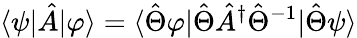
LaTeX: \langle\psi|\hat{A}|\varphi\rangle=\langle\hat{\Theta}\varphi|\hat{\Theta}\hat{A}^{\dagger}\hat{\Theta}^{-1}|\hat{\Theta}\psi\rangle